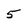
Character: 5